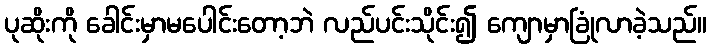
ပုဆိုးကို ခေါင်းမှာမပေါင်းတော့ဘဲ လည်ပင်းသိုင်း၍ ကျောမှာခြုံလာခဲ့သည်။